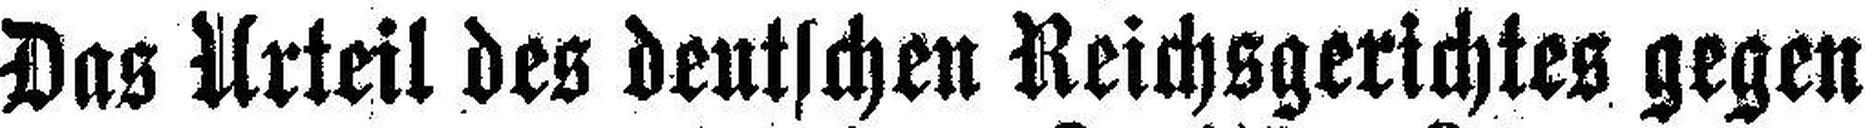
Das Urteil des deutschen Reichsgerichtes gegen